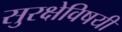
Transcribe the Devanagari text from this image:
सुरक्षेविषयी